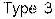
TYPE 3